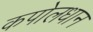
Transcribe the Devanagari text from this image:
कपोलधान